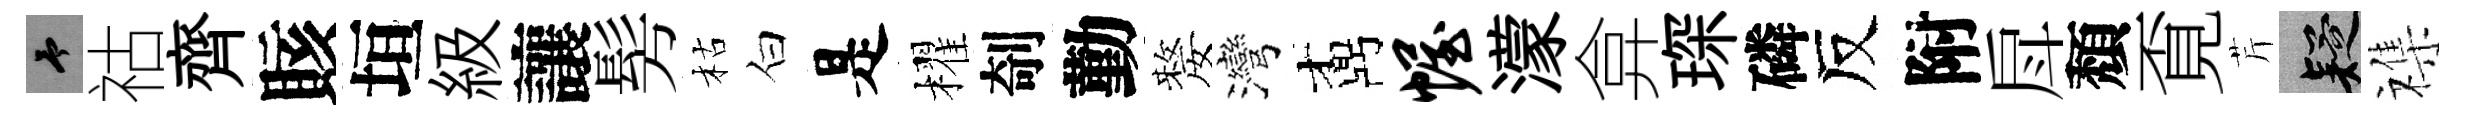
予祜齊賅垣級讓髣枯白是櫂剞勤嫠灣鼒幄濛弇琛磷反附戽頽覔芹疑襍